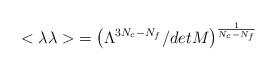
LaTeX: \begin{align*}{<\lambda \lambda>}= \left( \Lambda^{3N_c-N_f}/det M \right)^{1 \over N_c - N_f}\end{align*}